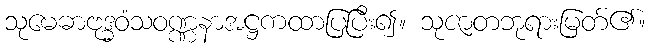
သုမေဓာဗုဒ္ဓဝံသဝဏ္ဏနာအဋ္ဌကထာပြပြီး၍။ သုဇာတဘုရားမြတ်၏။